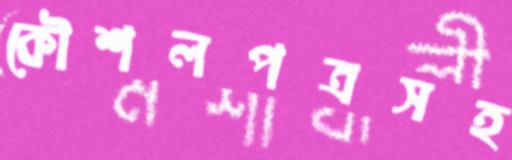
কৌশলপত্রসহ